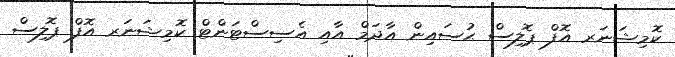
ކޮމިޝަނަރ އޮފް ޕޮލިސް ޙުސައިން އާދަމް އާއި އެސިސްޓަންޓް ކޮމިޝަނަރ އޮފް ޕޮލިސް